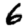
Digit: 6